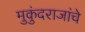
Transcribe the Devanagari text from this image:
मुकुंदराजांचे